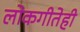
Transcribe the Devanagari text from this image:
लोकगीतेही